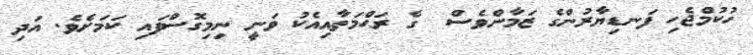
ހުކުމްޖެހި ފަނޑިޔާރުންގެ ޒަމާންވެސް  ގެ ރަޙްމަތާއިއެކު ވަނީ ނިމިގޮސްފައި ކަމަށެވެ. އަދި